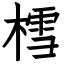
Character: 樰